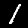
Label: 1